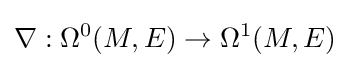
\nabla :\Omega ^{0}(M,E)\to \Omega ^{1}(M,E)